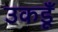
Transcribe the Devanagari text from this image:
उकडूँ